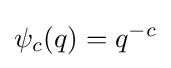
\psi _{c}(q)=q^{-c}